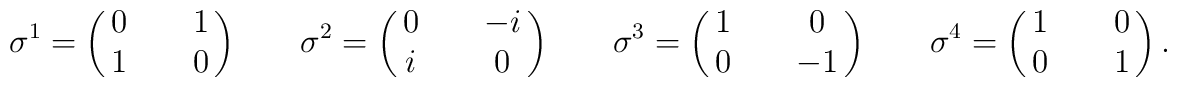
\sigma^{1} = \pmatrix{0 && 1 \cr 1 && 0} \hspace{0.3in} \sigma^{2} = \pmatrix{ 0 && -i \cr i && 0} \hspace{0.3in} \sigma^{3} = \pmatrix{ 1 && 0 \cr 0 && -1} \hspace{0.3in} \sigma^{4} = \pmatrix{ 1 && 0 \cr 0 && 1}.